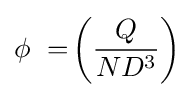
\phi \ =\!\left({Q \over {ND^{3}}}\right)